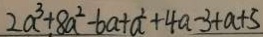
2 a ^ { 3 } + 8 a ^ { 2 } - 6 a + a ^ { 2 } + 4 a - 3 + a + 5